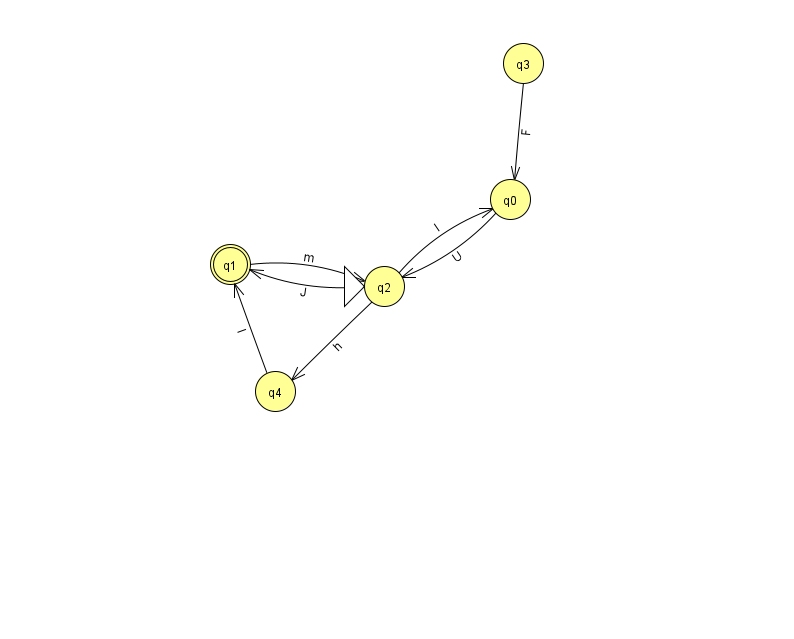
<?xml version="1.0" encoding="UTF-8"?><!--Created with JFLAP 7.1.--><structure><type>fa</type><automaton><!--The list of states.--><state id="0" name="q0"><x>510.0</x><y>186.0</y></state><state id="1" name="q1"><x>230.0</x><y>251.0</y><final/></state><state id="2" name="q2"><x>384.0</x><y>273.0</y><initial/></state><state id="3" name="q3"><x>523.0</x><y>50.0</y></state><state id="4" name="q4"><x>275.0</x><y>378.0</y></state><!--The list of transitions.--><transition><from>4</from><to>1</to><read>l</read></transition><transition><from>2</from><to>4</to><read>h</read></transition><transition><from>3</from><to>0</to><read>F</read></transition><transition><from>0</from><to>2</to><read>U</read></transition><transition><from>1</from><to>2</to><read>m</read></transition><transition><from>2</from><to>0</to><read>I</read></transition><transition><from>2</from><to>1</to><read>J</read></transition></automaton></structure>